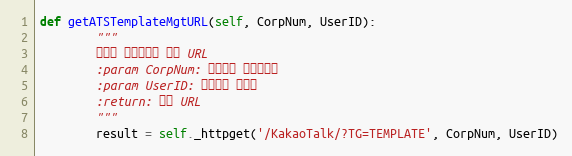
Language: Python
def getATSTemplateMgtURL(self, CorpNum, UserID):
        """
        알림톡 템플릿관리 팝업 URL
        :param CorpNum: 팝빌회원 사업자번호
        :param UserID: 팝빌회원 아이디
        :return: 팝빌 URL
        """
        result = self._httpget('/KakaoTalk/?TG=TEMPLATE', CorpNum, UserID)